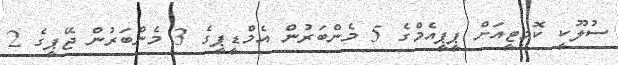
ސުލޫކީ ކޮމިޓީއަށް ޕީޕީއެމްގެ 5 މެންބަރުން އެމްޑީޕީގެ 3 މެންބަރުން ޖޭޕީގެ 2